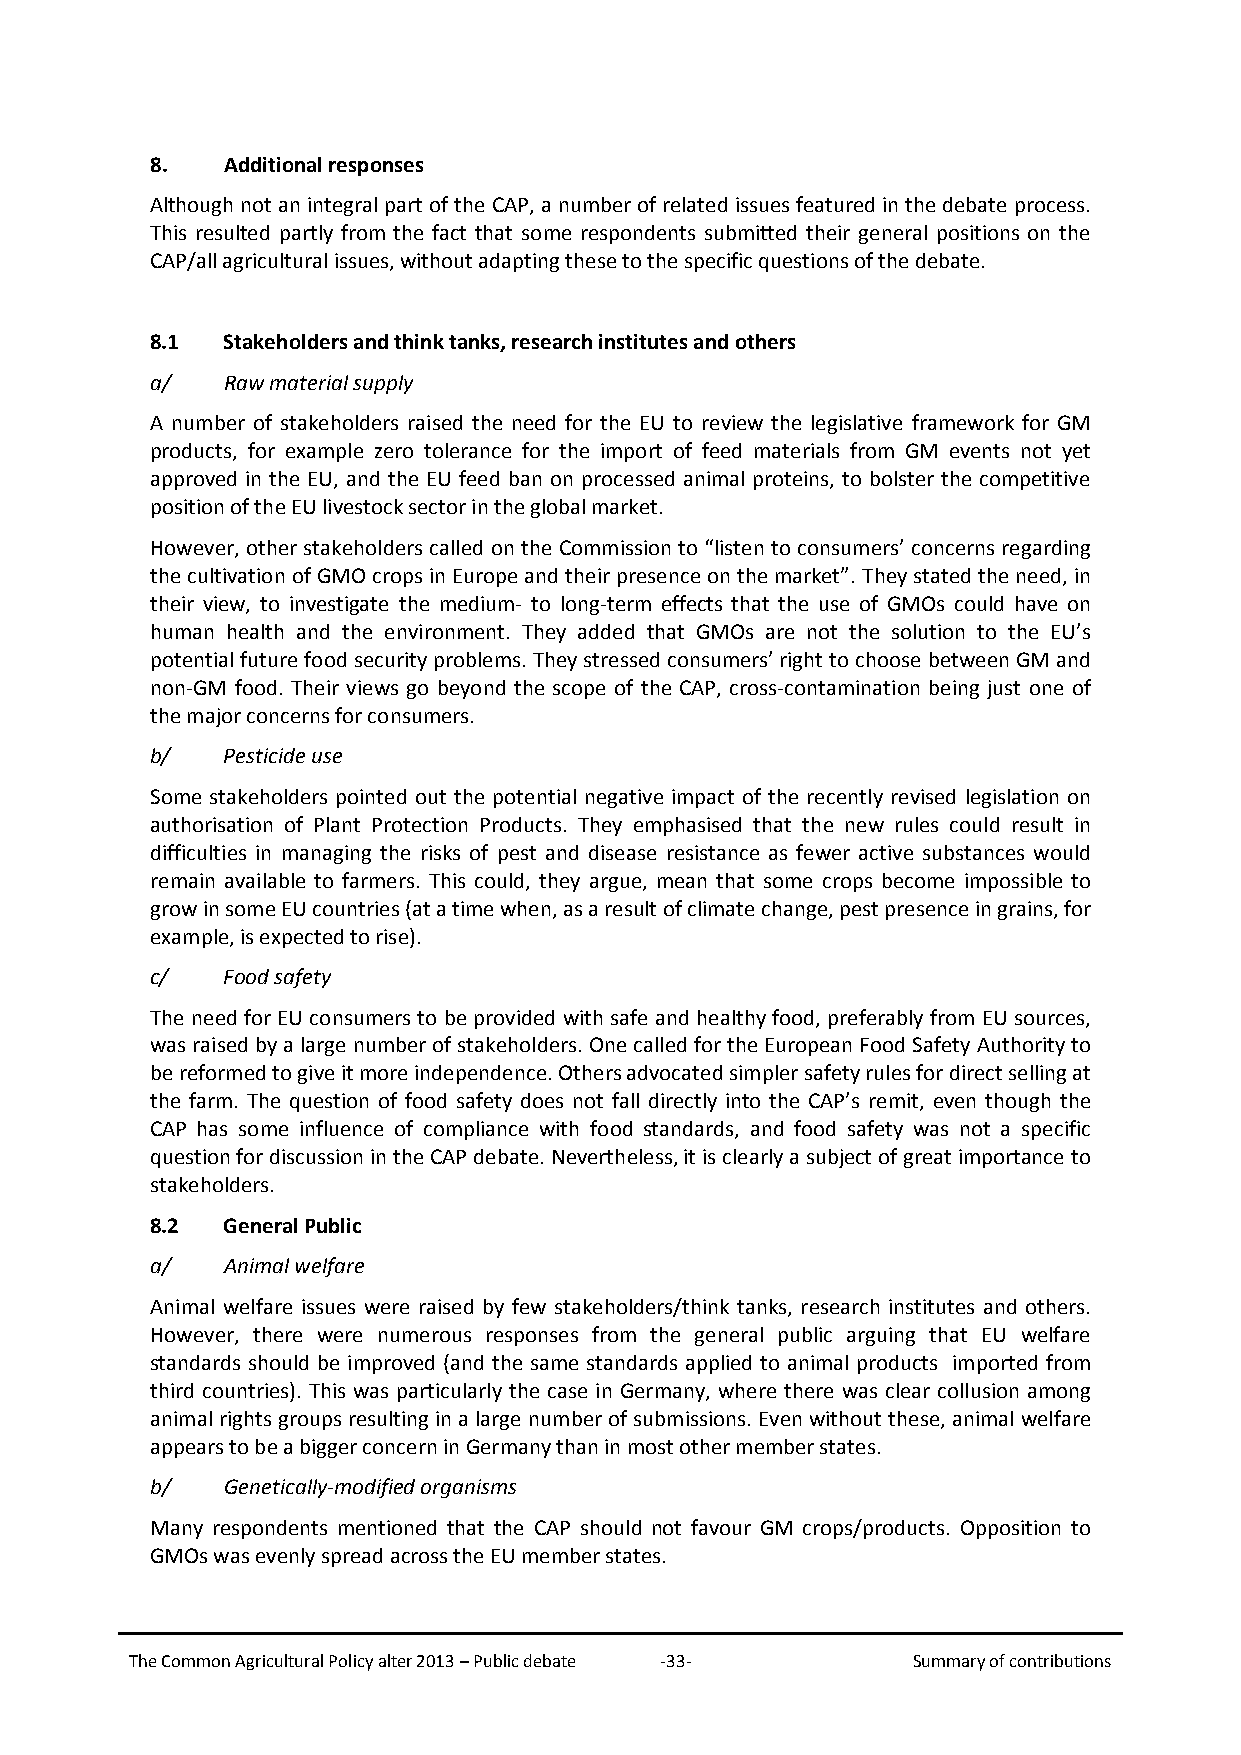
8.   Additional responses
 Although not an integral part of the CAP, a number of related issues featured in the debate process.
 This resulted partly from the fact that some respondents submitted their general positions on the
 CAP/all agricultural issues, without adapting these to the specific questions of the debate.
 8.1  Stakeholders and think tanks, research institutes and others
 a/   Raw material supply
 A number of stakeholders raised the need for the EU to review the legislative framework for GM
 products, for example zero tolerance for the import of feed materials from GM events not yet
 approved in the EU, and the EU feed ban on processed animal proteins, to bolster the competitive
 position of the EU livestock sector in the global market.
 However, other stakeholders called on the Commission to “listen to consumers’ concerns regarding
 the cultivation of GMO crops in Europe and their presence on the market”. They stated the need, in
 their view, to investigate the medium- to long-term effects that the use of GMOs could have on
 human health and the environment. They added that GMOs are not the solution to the EU’s
 potential future food security problems. They stressed consumers’ right to choose between GM and
 non-GM food. Their views go beyond the scope of the CAP, cross-contamination being just one of
 the major concerns for consumers.
 b/   Pesticide use
 Some stakeholders pointed out the potential negative impact of the recently revised legislation on
 authorisation of Plant Protection Products. They emphasised that the new rules could result in
 difficulties in managing the risks of pest and disease resistance as fewer active substances would
 remain available to farmers. This could, they argue, mean that some crops become impossible to
 grow in some EU countries (at a time when, as a result of climate change, pest presence in grains, for
 example, is expected to rise).
 c/   Food safety
 The need for EU consumers to be provided with safe and healthy food, preferably from EU sources,
 was raised by a large number of stakeholders. One called for the European Food Safety Authority to
 be reformed to give it more independence. Others advocated simpler safety rules for direct selling at
 the farm. The question of food safety does not fall directly into the CAP’s remit, even though the
 CAP has some influence of compliance with food standards, and food safety was not a specific
 question for discussion in the CAP debate. Nevertheless, it is clearly a subject of great importance to
 stakeholders.
 8.2  General Public
 a/   Animal welfare
 Animal welfare issues were raised by few stakeholders/think tanks, research institutes and others.
 However, there were numerous responses from the general public arguing that EU welfare
 standards should be improved (and the same standards applied to animal products imported from
 third countries). This was particularly the case in Germany, where there was clear collusion among
 animal rights groups resulting in a large number of submissions. Even without these, animal welfare
 appears to be a bigger concern in Germany than in most other member states.
 b/   Genetically-modified organisms
 Many respondents mentioned that the CAP should not favour GM crops/products. Opposition to
 GMOs was evenly spread across the EU member states.
 The Common Agricultural Policy alter 2013 – Public debate -33- Summary of contributions